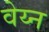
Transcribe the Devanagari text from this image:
वेय्न